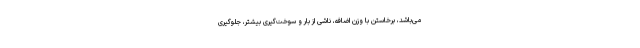
می‌باشد، برخاستن با وزن اضافه، ناشی از بار و سوخت‌گیری بیشتر، جلوگیری